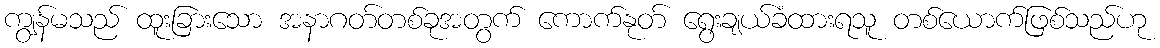
ကျွန်မသည် ထူးခြားသော အနာဂတ်တစ်ခုအတွက် ကောက်နုတ် ရွေးချယ်ခံထားရသူ တစ်ယောက်ဖြစ်သည်ဟု